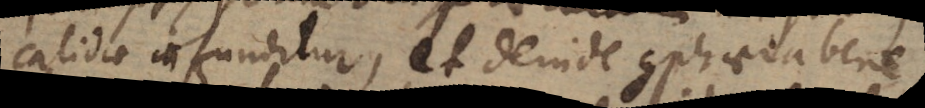
calidae infunditur, et deinde sphaera bene